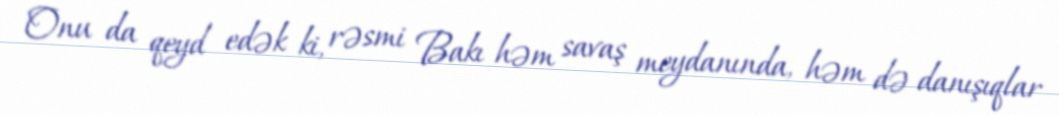
Onu da qeyd edək ki, rəsmi Bakı həm savaş meydanında, həm də danışıqlar